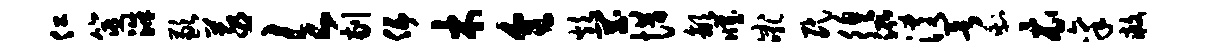
仁筮洙歉蒸欠剔伍木全炊罔惜歙臧小吼民徨泓淆欲剩衣禀救